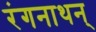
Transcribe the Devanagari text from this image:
रंगनाथन्‌